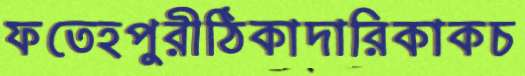
ফতেহপুরীঠিকাদারিকাকচ